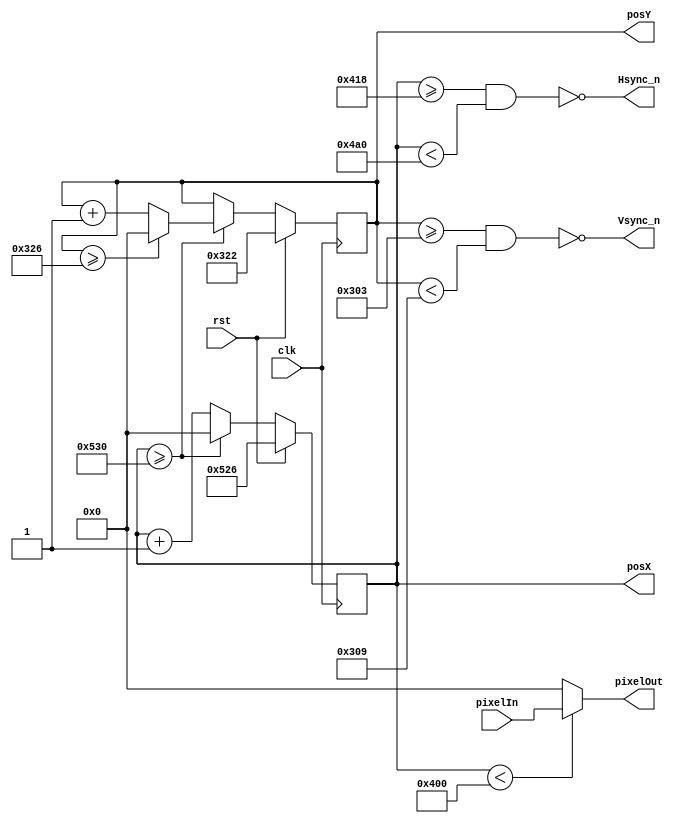
//////////////////////////////////////////////////////////////////////////////////
// 
// Design Name: 	 Ferney alberto Beltran Molina
// Module Name:    VGA_Driver 
// Project Name: 
// Target Devices: 
// Tool versions: 
// Description: 
//
// Dependencies: 
//
// Revision: 
// Revision 0.01 - File Created
// Additional Comments: 
//
//////////////////////////////////////////////////////////////////////////////////
module VGA_Driver1024x768 (
	input rst,
	input clk, 				// 75MHz  para 60 hz de 1024x768
	input  [11:0] pixelIn, 	// entrada del valor de color  pixel 
	output  [11:0] pixelOut, // salida del valor pixel a la VGA 
	output  Hsync_n,		// seal de sincronizacin en horizontal negada
	output  Vsync_n,		// seal de sincronizacin en vertical negada 
	output  [11:0] posX, 	// posicion en horizontal del pixel siguiente
	output  [11:0] posY 		// posicion en vertical  del pixel siguiente
);

localparam SCREEN_X = 1024; 	// tamao de la pantalla visible en horizontal 
localparam FRONT_PORCH_X =24;  
localparam SYNC_PULSE_X = 136;
localparam BACK_PORCH_X = 144;
localparam TOTAL_SCREEN_X = SCREEN_X+FRONT_PORCH_X+SYNC_PULSE_X+BACK_PORCH_X; 	// total pixel pantalla en horizontal 


localparam SCREEN_Y = 768; 	// tamao de la pantalla visible en Vertical 
localparam FRONT_PORCH_Y =3;  
localparam SYNC_PULSE_Y = 6;
localparam BACK_PORCH_Y = 29;
localparam TOTAL_SCREEN_Y = SCREEN_Y+FRONT_PORCH_Y+SYNC_PULSE_Y+BACK_PORCH_Y; 	// total pixel pantalla en Vertical 


reg  [11:0] countX;
reg  [11:0] countY;

assign posX    = countX;
assign posY    = countY;

assign pixelOut = (countX<SCREEN_X) ? (pixelIn ) : (12'b000000000000) ;

assign Hsync_n = ~((countX>=SCREEN_X+FRONT_PORCH_X) && (countX<SCREEN_X+SYNC_PULSE_X+FRONT_PORCH_X)); 
assign Vsync_n = ~((countY>=SCREEN_Y+FRONT_PORCH_Y) && (countY<SCREEN_Y+FRONT_PORCH_Y+SYNC_PULSE_Y));


always @(posedge clk) begin
	if (rst) begin
		countX <= TOTAL_SCREEN_X- 10; /*para la simulacin sea mas rapido*/
		countY <= TOTAL_SCREEN_Y-4;/*para la simulacin sea mas rapido*/
	end
	else begin 
		if (countX >= (TOTAL_SCREEN_X)) begin
			countX <= 0;
			if (countY >= (TOTAL_SCREEN_Y)) begin
				countY <= 0;
			end 
			else begin
				countY <= countY + 1;
			end
		end 
		else begin
			countX <= countX + 1;
			countY <= countY;
		end
	end
end

endmodule